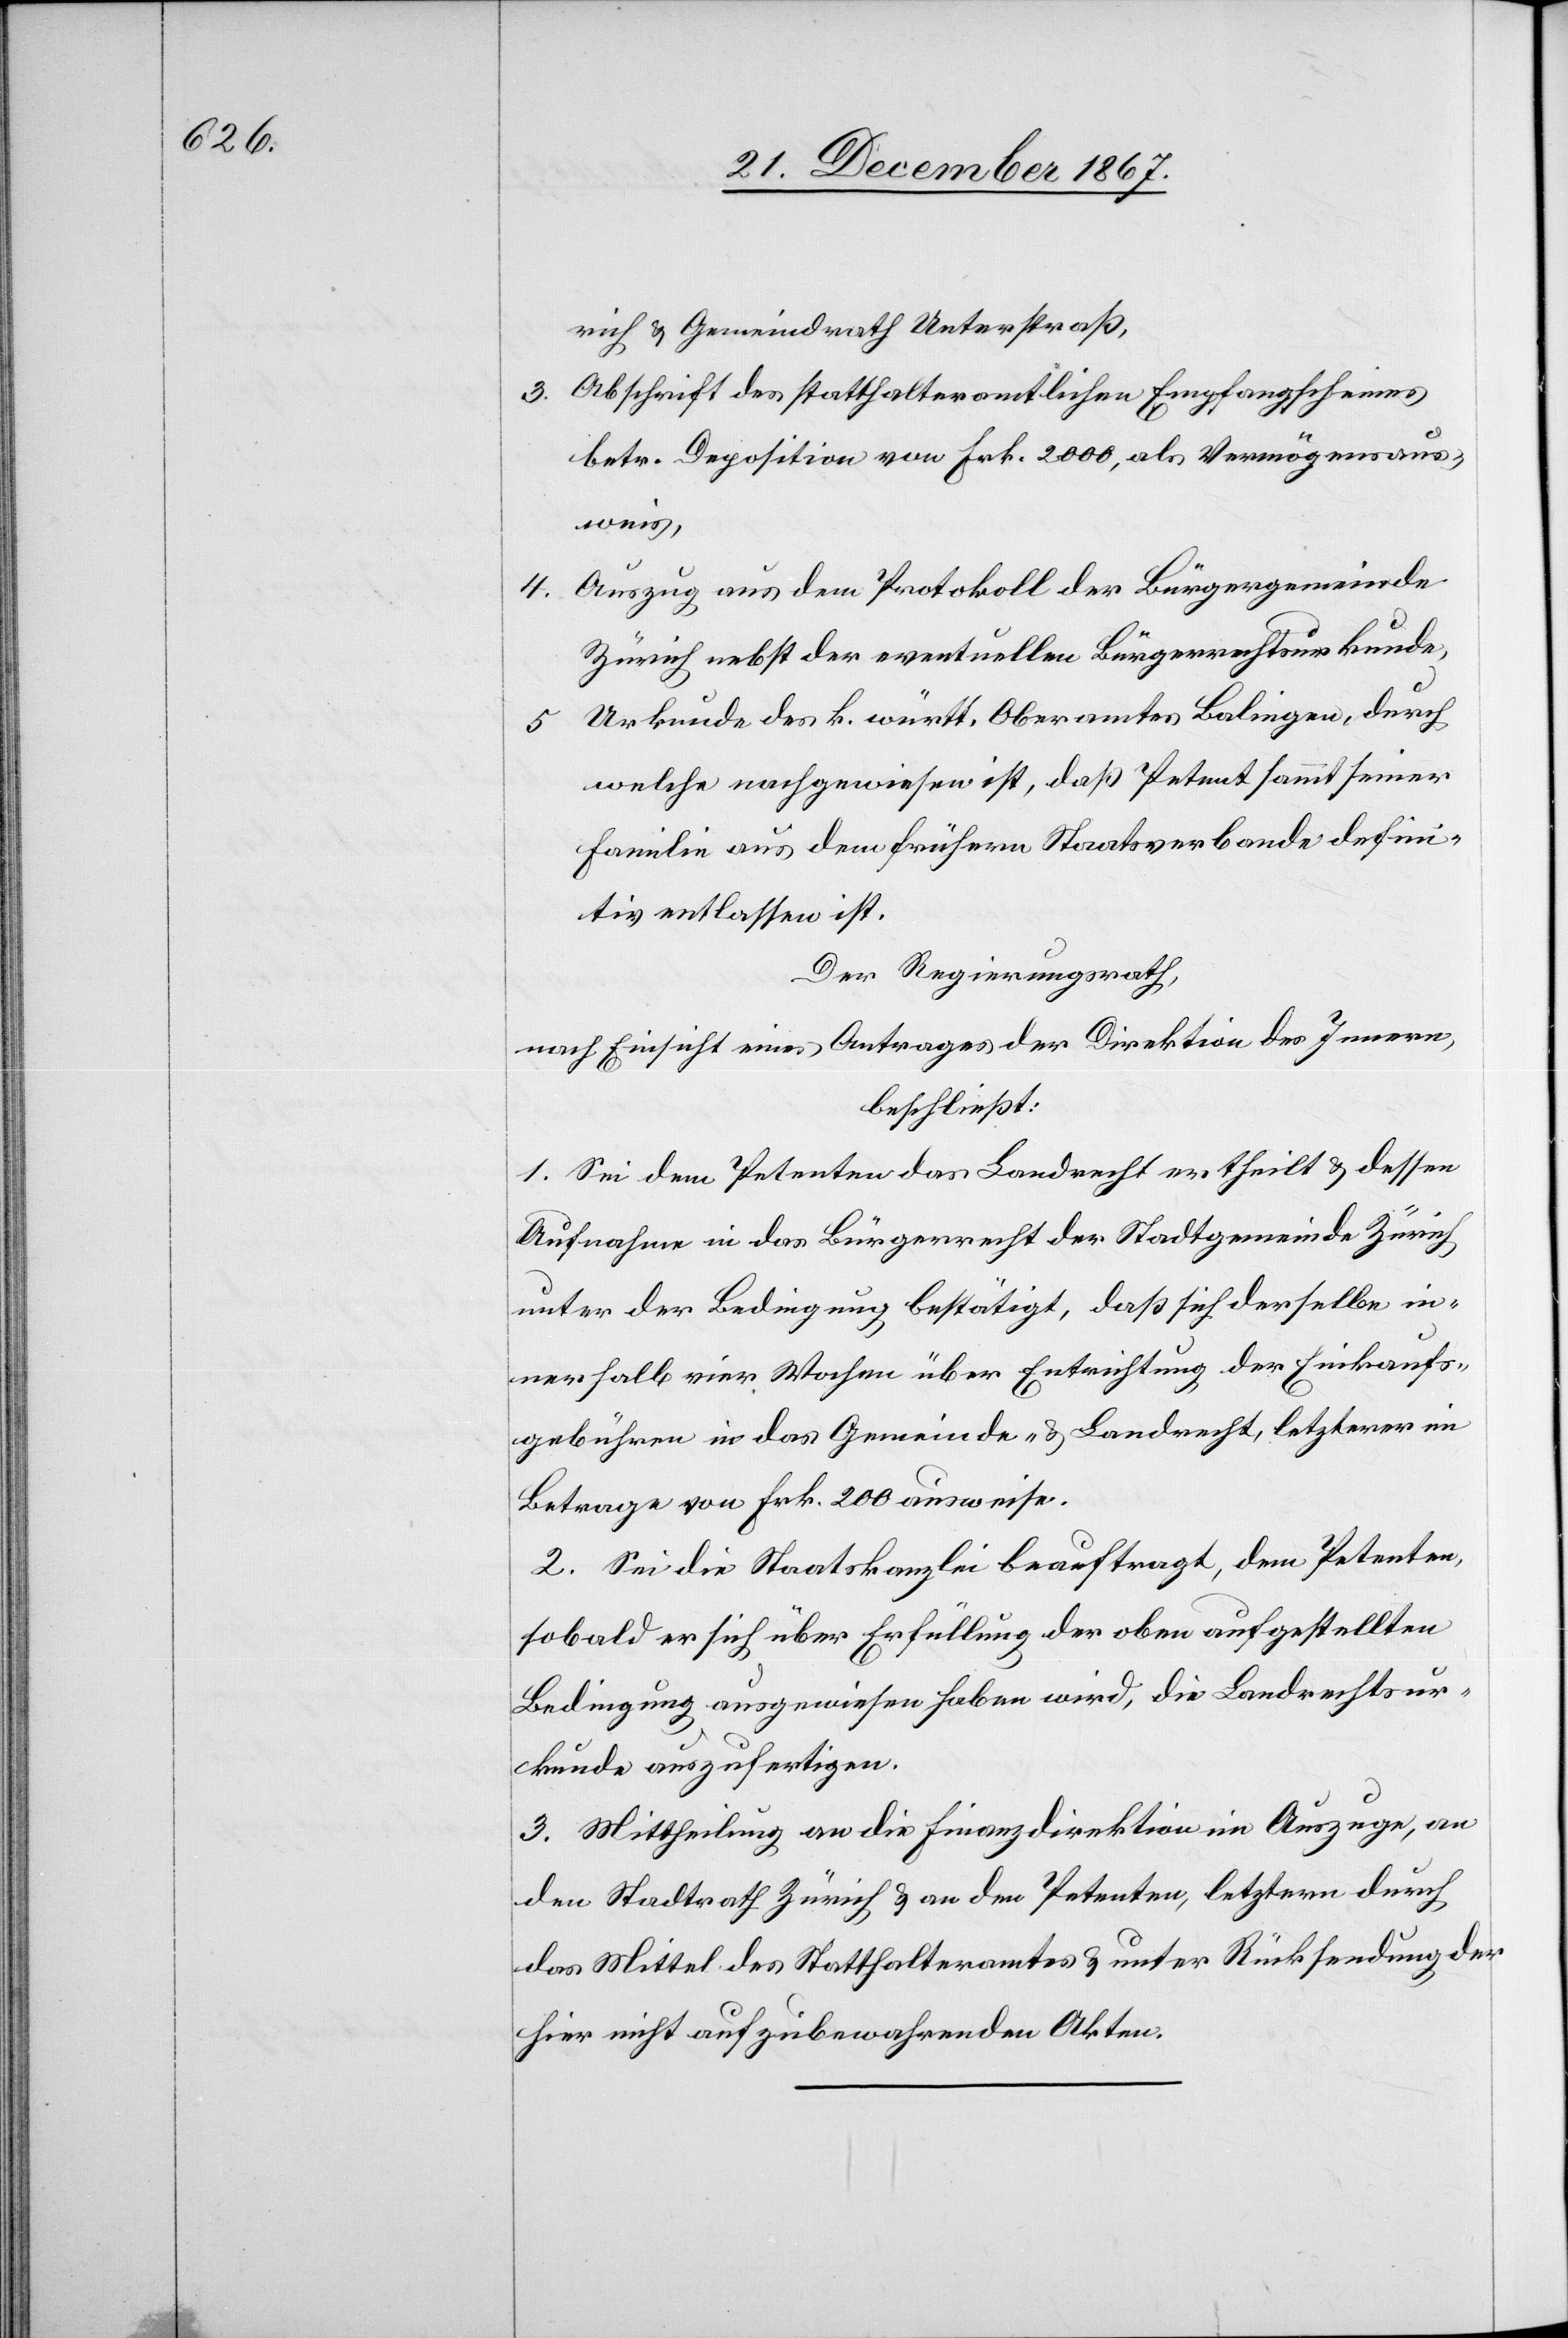
rich u. Gemeindrath Unterstraß.
3. Abschrift des statthalteramtlichen Empfangscheines
betr. Deposition von Frk. 2000, als Vermögenaus¬
weis,
Auszug aus dem Protokoll der Bürgergemeinde
4.
Zürich nebst der eventuellen Bürgerrechtsurkunde,
Urkunde des k. württ. Oberamtes Balingen, durch
5.
welche nachgewiesen ist, daß Petent sammt seiner
Familie aus dem frühern Staatsverbande defini¬
tiv entlassen ist.
Der Regierungsrath,
nach Einsicht eines Antrages der Direktion des Innern,
beschließt:
1. Sei dem Petenten das Landrecht ertheilt u. dessen
Aufnahme in das Bürgerrecht der Stadtgemeinde Zürich
unter der Bedingung bestätigt, daß sich derselbe in¬
nerhalb vier Wochen über Entrichtung der Einkaufs¬
gebühren in das Gemeinde- u. Landrecht, letzterer im
Betrage von Frk. 200 ausweise.
2. Sei die Staatskanzlei beauftragt, dem Petenten
sobald er sich über Erfüllung der oben aufgestellten
Bedingung ausgewiesen haben wird, die Landrechtsur¬
kunde auszufertigen.
3. Mittheilung an die Finanzdirektion im Auszuge, an
den Stadtrath Zürich u. an den Petenten, letztern durch
das Mittel des Statthalteramtes u. unter Rücksendung der
hier nicht aufzubewahrenden Akten.